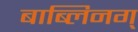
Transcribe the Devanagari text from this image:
बाब्लिनग्